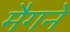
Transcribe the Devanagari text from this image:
मैगने